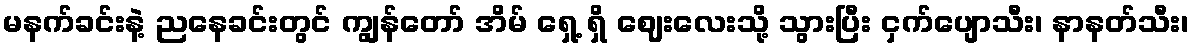
မနက်ခင်းနဲ့ ညနေခင်းတွင် ကျွန်တော် အိမ် ရှေ့ ရှိ ဈေးလေးသို့ သွားပြီး ငှက်ပျောသီး၊ နာနတ်သီး၊